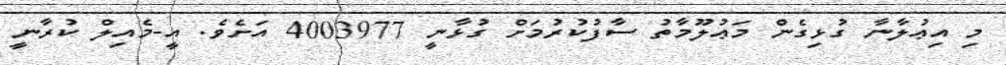
މި އިޢުލާނާ ގުޅިގެން މަޢުލޫމާތު ސާފުކުރުމަށް ގުޅާނީ 4003977 އަށެވެ. އީ-މެއިލް ކުރާނީ